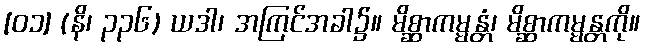
[၀၁] (နိ၊ ၃၃၆) ယဒါ၊ အကြင်အခါ၌။ မိစ္ဆာကမ္မန္တံ၊ မိစ္ဆာကမ္မန္တကို။